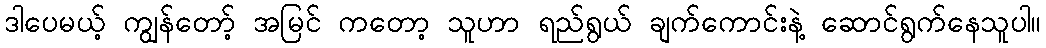
ဒါပေမယ့် ကျွန်တော့် အမြင် ကတော့ သူဟာ ရည်ရွယ် ချက်ကောင်းနဲ့ ဆောင်ရွက်နေသူပါ။